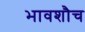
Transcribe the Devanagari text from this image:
भावशौच